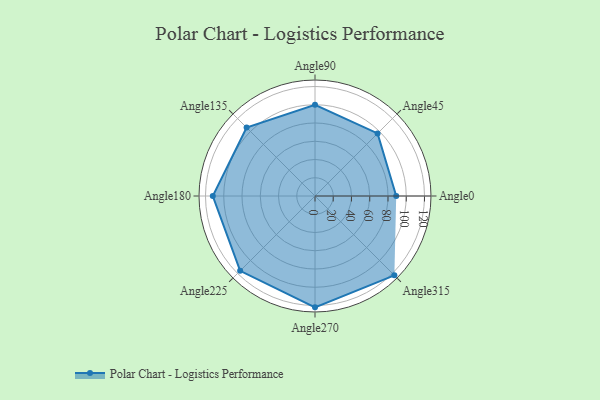
{"axis": {"x": "Angle", "y": "Radius"}, "legend": [""], "data": [{"x": "Angle0", "y": 89.0, "type": ""}, {"x": "Angle45", "y": 97.0, "type": ""}, {"x": "Angle90", "y": 100.0, "type": ""}, {"x": "Angle135", "y": 106.0, "type": ""}, {"x": "Angle180", "y": 112.0, "type": ""}, {"x": "Angle225", "y": 116.0, "type": ""}, {"x": "Angle270", "y": 122.0, "type": ""}, {"x": "Angle315", "y": 123.0, "type": ""}]}